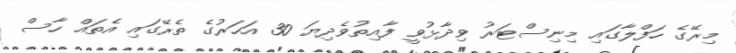
މިރޭގެ ހަފްލާގައި މިނިސްޓަރު ވިދާޅުވީ ފާއިތުވެދިޔަ 30 އަހަރުގެ ތެރޭގައި އެތައް ހާސް